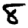
Digit: 8